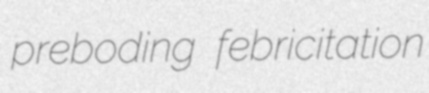
preboding febricitation